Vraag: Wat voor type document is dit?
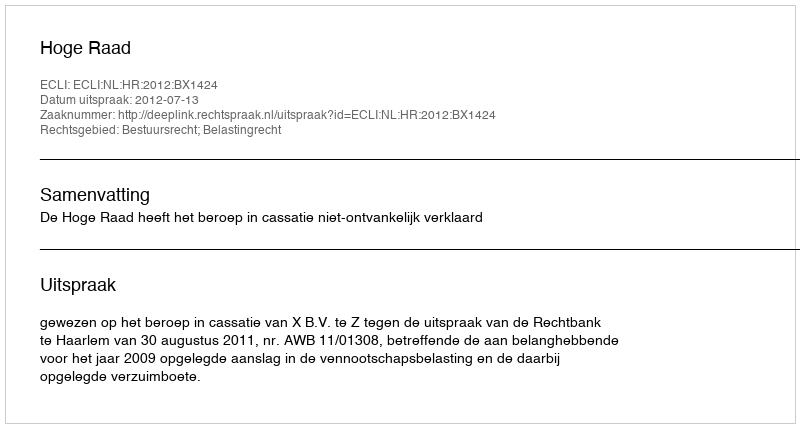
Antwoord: Uitspraak